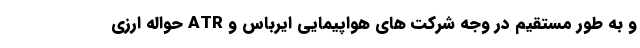
و به طور مستقیم در وجه شرکت های هواپیمایی ایرباس و ATR حواله ارزی